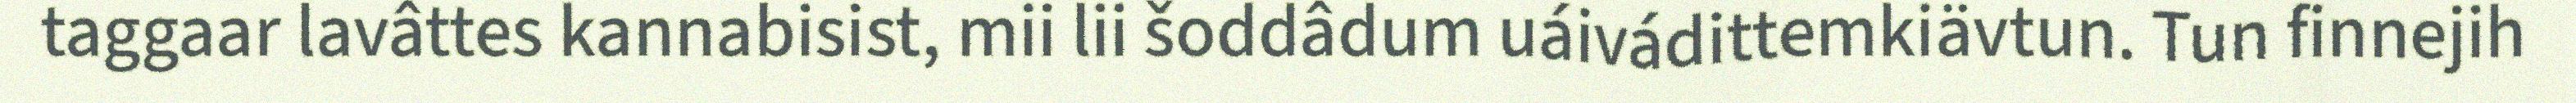
taggaar lavâttes kannabisist, mii lii šoddâdum uáivádittemkiävtun. Tun finnejih